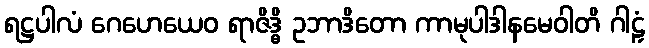
ရဋ္ဌပါလံ ဂေဟေယေဝ ရာဇိဒ္ဓိ ဥဘာဒိတော ကာမုပါဒါနမေဝါတိ ဂါဠှံ